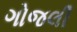
ગોજલી